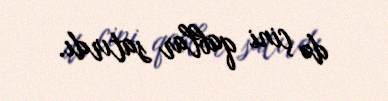
də çini qablar satırdı.